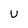
Character: U